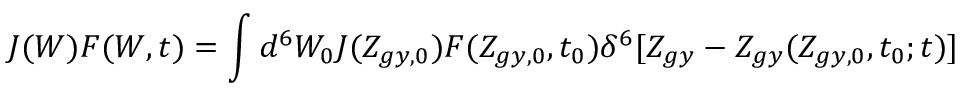
{ \cal J } ( W ) F ( W , t ) = \int d ^ { 6 } W _ { 0 } { \cal J } ( Z _ { g y , 0 } ) F ( Z _ { g y , 0 } , t _ { 0 } ) \delta ^ { 6 } [ Z _ { g y } - Z _ { g y } ( Z _ { g y , 0 } , t _ { 0 } ; t ) ]